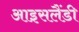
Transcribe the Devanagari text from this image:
आइसलैंडी